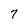
Character: 7